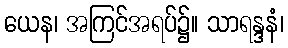
ယေန၊ အကြင်အရပ်၌။ သာရန္ဒနံ၊